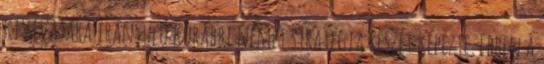
kivívására irányuló korábbi német stratégia részét képezte. Ebben a